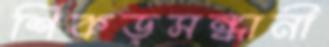
শিকড়সন্ধানী